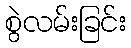
စွဲလမ်းခြင်း